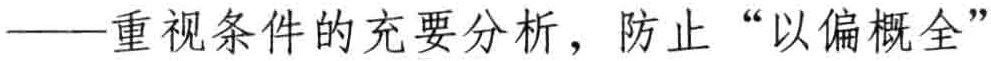
——重视条件的充要分析，防止“以偏概全”